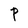
Character: P